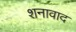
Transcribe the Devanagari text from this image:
शनावाद